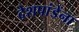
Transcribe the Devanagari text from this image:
देशपांडेंना